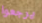
يرجعوا